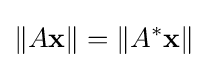
\left\|A\mathbf {x} \right\|=\left\|A^{*}\mathbf {x} \right\|